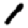
Digit: 1